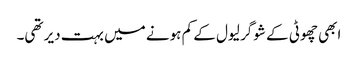
ابھی چھوٹی کے شوگر لیول کے کم ہونے میں بہت دیر تھی۔